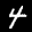
Label: 4